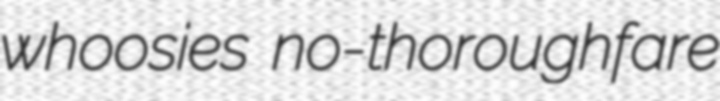
whoosies no-thoroughfare